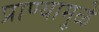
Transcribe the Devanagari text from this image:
प्राण्यामुळे